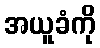
အယူခံကို